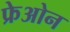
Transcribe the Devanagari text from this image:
फ्रेओन